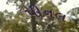
પીનલ